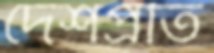
দেশপ্রতি